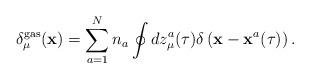
LaTeX: \begin{align*}\delta_\mu^{\rm gas}({\bf x})=\sum\limits_{a=1}^{N}n_a\oint dz_\mu^a(\tau)\delta\left({\bf x}-{\bf x}^a(\tau)\right).\end{align*}